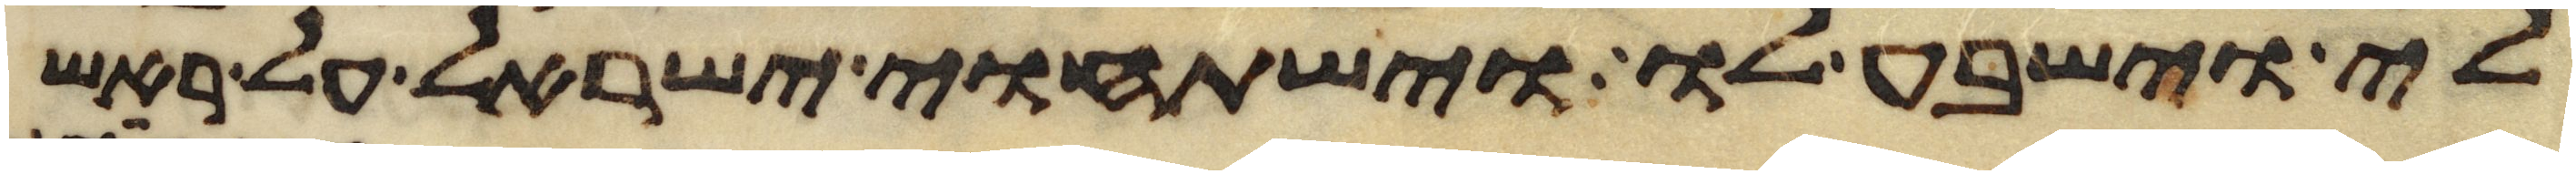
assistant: לי וישבע לו וישתחוי ישראל על ראש